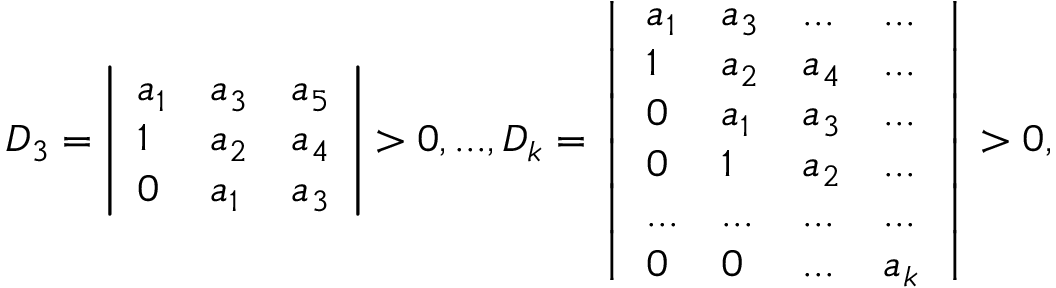
D _ { 3 } = \left| \begin{array} { l l l } { a _ { 1 } } & { a _ { 3 } } & { a _ { 5 } } \\ { 1 } & { a _ { 2 } } & { a _ { 4 } } \\ { 0 } & { a _ { 1 } } & { a _ { 3 } } \end{array} \right| > 0 , . . . , D _ { k } = \left| \begin{array} { l l l l } { a _ { 1 } } & { a _ { 3 } } & { . . . } & { . . . } \\ { 1 } & { a _ { 2 } } & { a _ { 4 } } & { . . . } \\ { 0 } & { a _ { 1 } } & { a _ { 3 } } & { . . . } \\ { 0 } & { 1 } & { a _ { 2 } } & { . . . } \\ { . . . } & { . . . } & { . . . } & { . . . } \\ { 0 } & { 0 } & { . . . } & { a _ { k } } \end{array} \right| > 0 ,